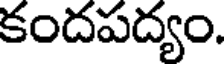
కందపద్యం.